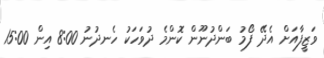
ވަޒީފާއަށް އެދޭ ފޯމު ބަންދުނޫން ކޮންމެ ދުވަހަކު ހެނދުނު 8:00 އިން 15:00